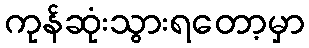
ကုန်ဆုံးသွားရတော့မှာ